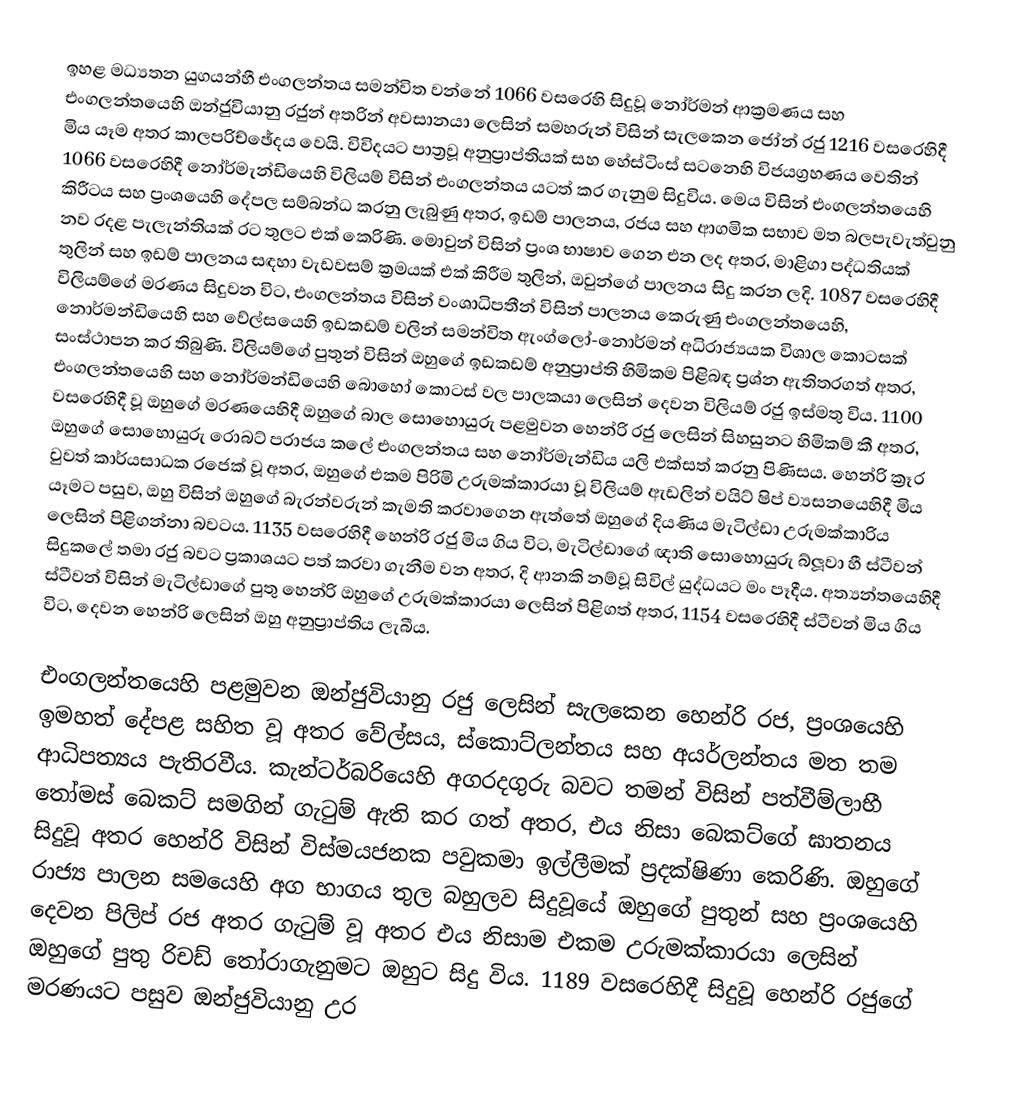
ඉහළ මධ්‍යතන යුගයන්හී එංගලන්තය සමන්විත වන්නේ 1066 වසරෙහි සිදුවූ නෝර්මන් ආක්‍රමණය සහ එංගලන්තයෙහි ඔන්ජුවියානු රජුන් අතරින් අවසානයා ලෙසින් සමහරුන් විසින් සැලකෙන ජෝන් රජු 1216 වසරෙහිදී මිය යෑම අතර කාලපරිච්ඡේදය වෙයි. විවිදයට පාත්‍රවූ අනුප්‍රාප්තියක් සහ හේස්ටිංස් සටනෙහි විජයග්‍රහණය වෙතින් 1066 වසරෙහිදී නෝර්මැන්ඩියෙහි විලියම් විසින් එංගලන්තය යටත් කර ගැනුම සිදුවිය. මෙය විසින් එංගලන්තයෙහි කිරීටය සහ ප්‍රංශයෙහි දේපල සම්බන්ධ කරනු ලැබුණු අතර,  ඉඩම් පාලනය, රජය සහ ආගමික සභාව මත බලපැවැත්වුනු නව  රදළ පැලැන්තියක් රට තුලට එක් කෙරිණි. මොවුන් විසින් ප්‍රංශ භාෂාව ගෙන එන ලද අතර, මාළිගා පද්ධතියක් තුලින් සහ ඉඩම් පාලනය සඳහා  වැඩවසම් ක්‍රමයක් එක් කිරීම තුලින්, ඔවුන්ගේ පාලනය සිදු කරන ලදි. 1087 වසරෙහිදී  විලියම්ගේ මරණය සිදුවන විට, එංගලන්තය විසින් වංශාධිපතීන් විසින් පාලනය කෙරුණු එංගලන්තයෙහි, නොර්මන්ඩියෙහි සහ වේල්සයෙහි ඉඩකඩම් වලින් සමන්විත ඇංග්ලෝ-නොර්මන් අධිරාජ්‍යයක විශාල කොටසක් සංස්ථාපන කර තිබුණි. විලියම්ගේ පුතුන් විසින් ඔහුගේ ඉඩකඩම් අනුප්‍රාප්ති හිමිකම පිළිබඳ ප්‍රශ්න ඇතිතරගත් අතර, එංගලන්තයෙහි සහ නෝර්මන්ඩියෙහි බොහෝ කොටස් වල පාලකයා ලෙසින් දෙවන විලියම් රජු ඉස්මතු විය. 1100 වසරෙහිදී වූ ඔහුගේ මරණයෙහිදී ඔහුගේ බාල සොහොයුරු  පළමුවන හෙන්රි රජු ලෙසින් සිහසුනට හිමිකම් කී අතර, ඔහුගේ සොහොයුරු රොබට් පරාජය කලේ එංගලන්තය සහ නෝර්මැන්ඩිය යලි එක්සත් කරනු පිණිසය. හෙන්රි ක්‍රෑර වුවත් කාර්යසාධක රජෙක් වූ අතර, ඔහුගේ එකම පිරිමි උරුමක්කාරයා වූ  විලියම් ඇඩලින් වයිට් ෂිප් ව්‍යසනයෙහිදී මිය යෑමට පසුව, ඔහු විසින් ඔහුගේ බැරන්වරුන් කැමති කරවාගෙන ඇත්තේ ඔහුගේ දියණිය මැටිල්ඩා උරුමක්කාරිය ලෙසින් පිළිගන්නා බවටය. 1135 වසරෙහිදී හෙන්රි රජු මිය ගිය විට, මැටිල්ඩාගේ ඥාති සොහොයුරු බ්ලූවා හී ස්ටීවන් සිදුකලේ තමා රජු බවට ප්‍රකාශයට පත් කරවා ගැනීම වන අතර,  දි ආනකි නම්වූ සිවිල් යුද්ධයට මං පෑදීය. අත්‍යන්තයෙහිදී ස්ටීවන් විසින් මැටිල්ඩාගේ පුතු හෙන්රි ඔහුගේ උරුමක්කාරයා ලෙසින් පිළිගත් අතර, 1154 වසරෙහිදී ස්ටීවන් මිය ගිය විට, දෙවන හෙන්රි ලෙසින් ඔහු අනුප්‍රාප්තිය ලැබීය.

එංගලන්තයෙහි පළමුවන ඔන්ජුවියානු රජු ලෙසින් සැලකෙන හෙන්රි රජ, ප්‍රංශයෙහි ඉමහත් දේපළ සහිත වූ අතර වේල්සය, ස්කොට්ලන්තය සහ අයර්ලන්තය මත තම ආධිපත්‍යය පැතිරවීය. කැන්ටර්බරියෙහි අගරදගුරු බවට තමන් විසින් පත්වීම්ලාභී තෝමස් බෙකට් සමගින් ගැටුම් ඇති කර ගත් අතර, එය නිසා බෙකට්ගේ ඝාතනය සිදුවූ අතර හෙන්රි විසින් විස්මයජනක පවුකමා ඉල්ලීමක් ප්‍රදක්ෂිණා කෙරිණි. ඔහුගේ රාජ්‍ය පාලන සමයෙහි අග භාගය තුල බහුලව සිදුවූයේ ඔහුගේ පුතුන් සහ ප්‍රංශයෙහි දෙවන පිලිප් රජ අතර ගැටුම් වූ අතර එය නිසාම එකම උරුමක්කාරයා ලෙසින් ඔහුගේ පුතු රිචඩ් තෝරාගැනුමට ඔහුට සිදු විය. 1189 වසරෙහිදී සිදුවූ හෙන්රි රජුගේ මරණයට පසුව ඔන්ජුවියානු උර